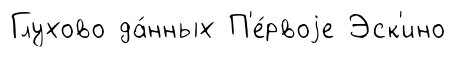
Глухово да́нных П'е́рвоjе Эск'ино